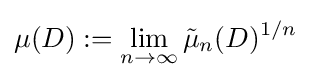
\mu (D):=\lim _{n\to \infty }{\tilde {\mu }}_{n}(D)^{1/n}